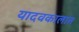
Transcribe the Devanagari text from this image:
यादवकालात